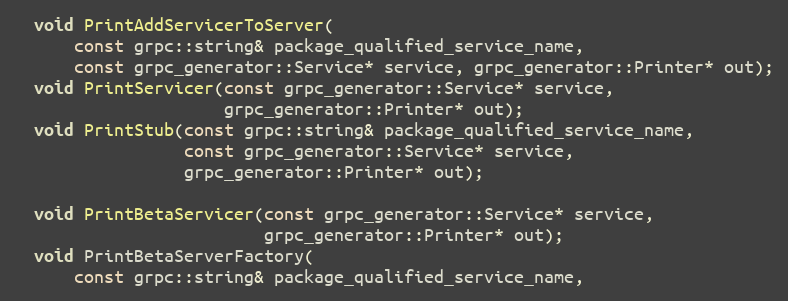
Language: C
  void PrintAddServicerToServer(
      const grpc::string& package_qualified_service_name,
      const grpc_generator::Service* service, grpc_generator::Printer* out);
  void PrintServicer(const grpc_generator::Service* service,
                     grpc_generator::Printer* out);
  void PrintStub(const grpc::string& package_qualified_service_name,
                 const grpc_generator::Service* service,
                 grpc_generator::Printer* out);

  void PrintBetaServicer(const grpc_generator::Service* service,
                         grpc_generator::Printer* out);
  void PrintBetaServerFactory(
      const grpc::string& package_qualified_service_name,